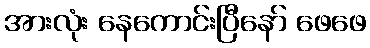
အားလုံး နေကောင်းပြီနော် ဖေဖေ